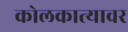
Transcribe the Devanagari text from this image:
कोलकात्यावर